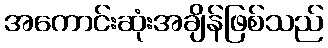
အကောင်းဆုံးအချိန်ဖြစ်သည်